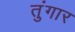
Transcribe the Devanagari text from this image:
तुंगार